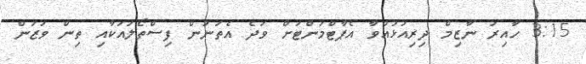
3:15 ހާއިރު ނާޒިމް ދިރިއުޅުއްވާ އެޕާޓްމަންޓަށް ވަދެ އެތަނުން ފިސްތޯލައަކާއި ތިން ވަޒަން